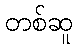
တစ်ဆူ